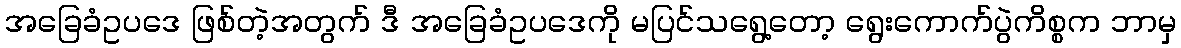
အခြေခံဥပဒေ ဖြစ်တဲ့အတွက် ဒီ အခြေခံဥပဒေကို မပြင်သရွေ့တော့ ရွေးကောက်ပွဲကိစ္စက ဘာမှ